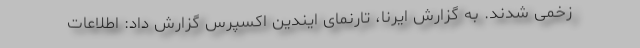
زخمی شدند. به گزارش ایرنا، تارنمای ایندین اکسپرس گزارش داد: اطلاعات